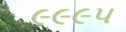
૯૯૯૫